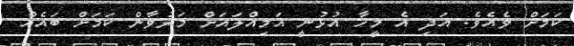
ކަމަށް ވެއެވެ. އަދި އެ މީހާ އުޅުނީ އަމިއްލައަށް މަރުވާން ކަމަށް ބައެއް